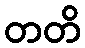
တတိ